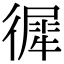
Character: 徲